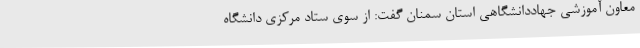
معاون آموزشی جهاددانشگاهی استان سمنان گفت: از سوی ستاد مرکزی دانشگاه